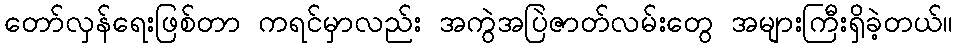
တော်လှန်ရေးဖြစ်တာ ကရင်မှာလည်း အကွဲအပြဲဇာတ်လမ်းတွေ အများကြီးရှိခဲ့တယ်။